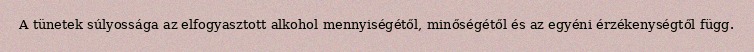
A tünetek súlyossága az elfogyasztott alkohol mennyiségétől, minőségétől és az egyéni érzékenységtől függ.